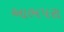
આભપરા